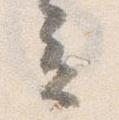
立